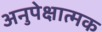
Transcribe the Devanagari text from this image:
अनुपेक्षात्मक